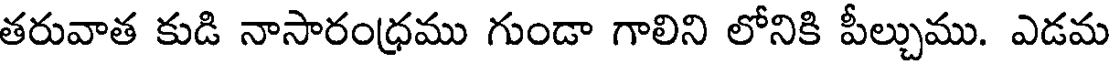
తరువాత కుడి నాసారంధ్రము గుండా గాలిని లోనికి పీల్చుము. ఎడమ